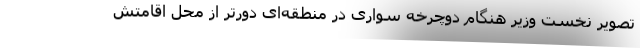
تصویر نخست وزیر هنگام دوچرخه سواری در منطقه‌ای دورتر از محل اقامتش